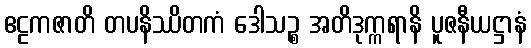
ဧဠကဇာတိ တပနိဿိတကံ ဒေါသဉ္စ အတိဒုက္ကရာနိ ပူဇနီယဋ္ဌာနံ